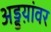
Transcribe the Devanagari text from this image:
अड्डय़ांवर